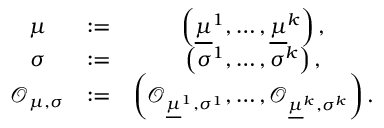
\begin{array} { c c c } { \boldsymbol { \mu } } & { : = } & { \left( \underline { { \mu } } ^ { 1 } , \dots , \underline { { \mu } } ^ { k } \right) , } \\ { \boldsymbol { \sigma } } & { : = } & { \left( \sigma ^ { 1 } , \dots , \sigma ^ { k } \right) , } \\ { \mathcal { O } _ { \boldsymbol { \mu } , \boldsymbol { \sigma } } } & { : = } & { \left( \mathcal { O } _ { \underline { { \mu } } ^ { 1 } , \sigma ^ { 1 } } , \dots , \mathcal { O } _ { \underline { { \mu } } ^ { k } , \sigma ^ { k } } \right) . } \end{array}